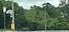
લડત